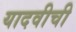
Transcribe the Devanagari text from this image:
यादवीची